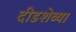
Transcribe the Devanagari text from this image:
दीडशेव्या